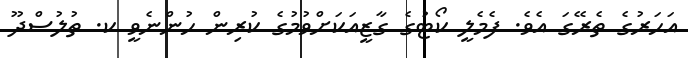
އަހަރުގެ ތެރޭގަ އެވެ. ފެމެލީ ކޯޓުގެ ގާޒީއަކަށްވުމުގެ ކުރިން ހުންނެވީ ކ. ތުލުސްދޫ